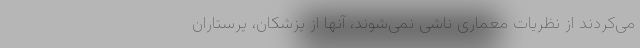
می‌کردند از نظریات معماری ناشی نمی‌شوند، آنها از پزشکان، پرستاران